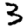
Digit: 3